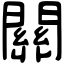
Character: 關